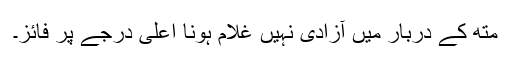
متھ کے دربار میں آزادی نہیں غلام ہونا اعلیٰ درجے پر فائز۔